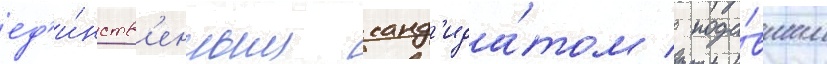
ед'и́нств'енным канд'ида́том / пода́вшим